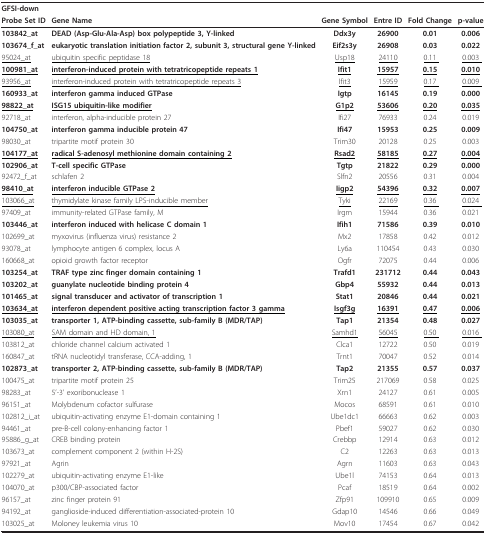
<table><thead><tr><td colspan="2"><b>GFSI-down</b></td><td></td><td></td><td></td><td></td></tr><tr><td><b>Probe Set ID</b></td><td><b>Gene Name</b></td><td><b>Gene Symbol</b></td><td><b>Entre ID</b></td><td><b>Fold Change</b></td><td><b>p-value</b></td></tr></thead><tbody><tr><td><b>103842_at</b></td><td><b>DEAD (Asp-Glu-Ala-Asp) box polypeptide 3, Y-linked</b></td><td><b>Ddx3y</b></td><td><b>26900</b></td><td><b>0.01</b></td><td><b>0.006</b></td></tr><tr><td><b>103674_f_at</b></td><td><b>eukaryotic translation initiation factor 2, subunit 3, structural gene Y-linked</b></td><td><b>Eif2s3y</b></td><td><b>26908</b></td><td><b>0.03</b></td><td><b>0.022</b></td></tr><tr><td><underline>95024_at</underline></td><td><underline>ubiquitin specific peptidase 18</underline></td><td><underline>Usp18</underline></td><td><underline>24110</underline></td><td><underline>0.11 </underline></td><td><underline>0.003 </underline></td></tr><tr><td><b><underline>100981_at</underline></b></td><td><b><underline>interferon-induced protein with tetratricopeptide repeats 1</underline></b></td><td><b><underline>Ifit1</underline></b></td><td><b><underline>15957</underline></b></td><td><b><underline>0.15</underline></b></td><td><b><underline>0.010</underline></b></td></tr><tr><td><underline>93956_at</underline></td><td><underline>interferon-induced protein with tetratricopeptide repeats 3</underline></td><td><underline>Ifit3</underline></td><td><underline>15959</underline></td><td><underline>0.17 </underline></td><td><underline>0.009 </underline></td></tr><tr><td><b>160933_at</b></td><td><b>interferon gamma induced GTPase</b></td><td><b>Igtp</b></td><td><b>16145</b></td><td><b>0.19</b></td><td><b>0.000</b></td></tr><tr><td><b><underline>98822_at</underline></b></td><td><b><underline>ISG15 ubiquitin-like modifier</underline></b></td><td><b><underline>G1p2</underline></b></td><td><b><underline>53606</underline></b></td><td><b><underline>0.20</underline></b></td><td><b><underline>0.035</underline></b></td></tr><tr><td>92718_at</td><td>interferon, alpha-inducible protein 27</td><td>Ifi27</td><td>76933</td><td>0.24</td><td>0.019</td></tr><tr><td><b>104750_at</b></td><td><b>interferon gamma inducible protein 47</b></td><td><b>Ifi47</b></td><td><b>15953</b></td><td><b>0.25</b></td><td><b>0.009</b></td></tr><tr><td>98030_at</td><td>tripartite motif protein 30</td><td>Trim30</td><td>20128</td><td>0.25</td><td>0.003</td></tr><tr><td><b><underline>104177_at</underline></b></td><td><b><underline>radical S-adenosyl methionine domain containing 2</underline></b></td><td><b><underline>Rsad2</underline></b></td><td><b><underline>58185</underline></b></td><td><b><underline>0.27</underline></b></td><td><b><underline>0.004</underline></b></td></tr><tr><td><b>102906_at</b></td><td><b>T-cell specific GTPase</b></td><td><b>Tgtp</b></td><td><b>21822</b></td><td><b>0.29</b></td><td><b>0.000</b></td></tr><tr><td>92472_f_at</td><td>schlafen 2</td><td>Slfn2</td><td>20556</td><td>0.31</td><td>0.004</td></tr><tr><td><b><underline>98410_at</underline></b></td><td><b><underline>interferon inducible GTPase 2</underline></b></td><td><b><underline>Iigp2</underline></b></td><td><b><underline>54396</underline></b></td><td><b><underline>0.32</underline></b></td><td><b><underline>0.007</underline></b></td></tr><tr><td><underline>103066_at</underline></td><td><underline>thymidylate kinase family LPS-inducible member</underline></td><td><underline>Tyki</underline></td><td><underline>22169</underline></td><td><underline>0.36 </underline></td><td><underline>0.024 </underline></td></tr><tr><td>97409_at</td><td>immunity-related GTPase family, M</td><td>Irgm</td><td>15944</td><td>0.36</td><td>0.021</td></tr><tr><td><b>103446_at</b></td><td><b>interferon induced with helicase C domain 1</b></td><td><b>Ifih1</b></td><td><b>71586</b></td><td><b>0.39</b></td><td><b>0.010</b></td></tr><tr><td>102699_at</td><td>myxovirus (influenza virus) resistance 2</td><td>Mx2</td><td>17858</td><td>0.42</td><td>0.012</td></tr><tr><td>93078_at</td><td>lymphocyte antigen 6 complex, locus A</td><td>Ly6a</td><td>110454</td><td>0.43</td><td>0.030</td></tr><tr><td>160668_at</td><td>opioid growth factor receptor</td><td>Ogfr</td><td>72075</td><td>0.44</td><td>0.006</td></tr><tr><td><b>103254_at</b></td><td><b>TRAF type zinc finger domain containing 1</b></td><td><b>Trafd1</b></td><td><b>231712</b></td><td><b>0.44</b></td><td><b>0.043</b></td></tr><tr><td><b>103202_at</b></td><td><b>guanylate nucleotide binding protein 4</b></td><td><b>Gbp4</b></td><td><b>55932</b></td><td><b>0.44</b></td><td><b>0.013</b></td></tr><tr><td><b>101465_at</b></td><td><b>signal transducer and activator of transcription 1</b></td><td><b>Stat1</b></td><td><b>20846</b></td><td><b>0.44</b></td><td><b>0.021</b></td></tr><tr><td><b><underline>103634_at</underline></b></td><td><b><underline>interferon dependent positive acting transcription factor 3 gamma</underline></b></td><td><b><underline>Isgf3g</underline></b></td><td><b><underline>16391</underline></b></td><td><b><underline>0.47</underline></b></td><td><b><underline>0.006</underline></b></td></tr><tr><td><b>103035_at</b></td><td><b>transporter 1, ATP-binding cassette, sub-family B (MDR/TAP)</b></td><td><b>Tap1</b></td><td><b>21354</b></td><td><b>0.48</b></td><td><b>0.027</b></td></tr><tr><td><underline>103080_at</underline></td><td><underline>SAM domain and HD domain, 1</underline></td><td><underline>Samhd1</underline></td><td><underline>56045</underline></td><td><underline>0.50 </underline></td><td><underline>0.016 </underline></td></tr><tr><td>103812_at</td><td>chloride channel calcium activated 1</td><td>Clca1</td><td>12722</td><td>0.50</td><td>0.019</td></tr><tr><td>160847_at</td><td>tRNA nucleotidyl transferase, CCA-adding, 1</td><td>Trnt1</td><td>70047</td><td>0.52</td><td>0.014</td></tr><tr><td><b>102873_at</b></td><td><b>transporter 2, ATP-binding cassette, sub-family B (MDR/TAP)</b></td><td><b>Tap2</b></td><td><b>21355</b></td><td><b>0.57</b></td><td><b>0.037</b></td></tr><tr><td>100475_at</td><td>tripartite motif protein 25</td><td>Trim25</td><td>217069</td><td>0.58</td><td>0.025</td></tr><tr><td>98283_at</td><td>5&#x27;-3&#x27; exoribonuclease 1</td><td>Xrn1</td><td>24127</td><td>0.61</td><td>0.005</td></tr><tr><td>96151_at</td><td>Molybdenum cofactor sulfurase</td><td>Mocos</td><td>68591</td><td>0.61</td><td>0.010</td></tr><tr><td>102812_i_at</td><td>ubiquitin-activating enzyme E1-domain containing 1</td><td>Ube1dc1</td><td>66663</td><td>0.62</td><td>0.003</td></tr><tr><td>94461_at</td><td>pre-B-cell colony-enhancing factor 1</td><td>Pbef1</td><td>59027</td><td>0.62</td><td>0.030</td></tr><tr><td>95886_g_at</td><td>CREB binding protein</td><td>Crebbp</td><td>12914</td><td>0.63</td><td>0.012</td></tr><tr><td>103673_at</td><td>complement component 2 (within H-2S)</td><td>C2</td><td>12263</td><td>0.63</td><td>0.013</td></tr><tr><td>97921_at</td><td>Agrin</td><td>Agrn</td><td>11603</td><td>0.63</td><td>0.043</td></tr><tr><td>102279_at</td><td>ubiquitin-activating enzyme E1-like</td><td>Ube1l</td><td>74153</td><td>0.64</td><td>0.013</td></tr><tr><td>104070_at</td><td>p300/CBP-associated factor</td><td>Pcaf</td><td>18519</td><td>0.64</td><td>0.002</td></tr><tr><td>96157_at</td><td>zinc finger protein 91</td><td>Zfp91</td><td>109910</td><td>0.65</td><td>0.009</td></tr><tr><td>94192_at</td><td>ganglioside-induced differentiation-associated-protein 10</td><td>Gdap10</td><td>14546</td><td>0.66</td><td>0.049</td></tr><tr><td>103025_at</td><td>Moloney leukemia virus 10</td><td>Mov10</td><td>17454</td><td>0.67</td><td>0.042</td></tr></tbody></table>